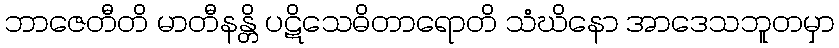
ဘာဇေတီတိ မာတီနန္တိ ပဋိသေဓိတာရောတိ သံဃိနော အာဒေသဘူတမှာ